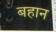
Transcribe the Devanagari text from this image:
बहान